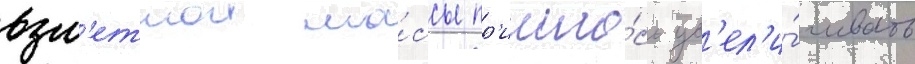
взл'етнои ма́ссы пр'ишло́сь ув'ел'и́чивать